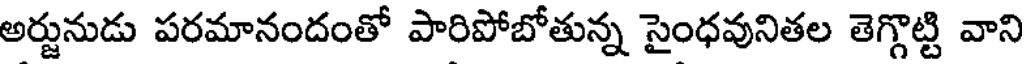
అర్జునుడు పరమానందంతో పారిపోబోతున్న సైంధవునితల తెగ్గొట్టి వాని